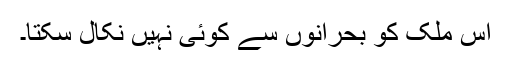
اس ملک کو بحرانوں سے کوئی نہیں نکال سکتا۔